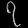
Digit: ၇